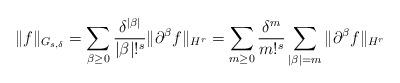
LaTeX: \begin{align*}\|f\|_{G_{s,\delta}} = \sum_{\beta \geq 0} \frac{\delta^{|\beta|}}{|\beta|!^s} \| \partial^\beta f\|_{H^r} = \sum_{m\geq 0} \frac{\delta^m }{m!^s} \sum_{|\beta| = m} \| \partial^\beta f\|_{H^r} \end{align*}